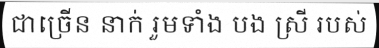
ជាច្រើន នាក់ រួមទាំង បង ស្រី របស់